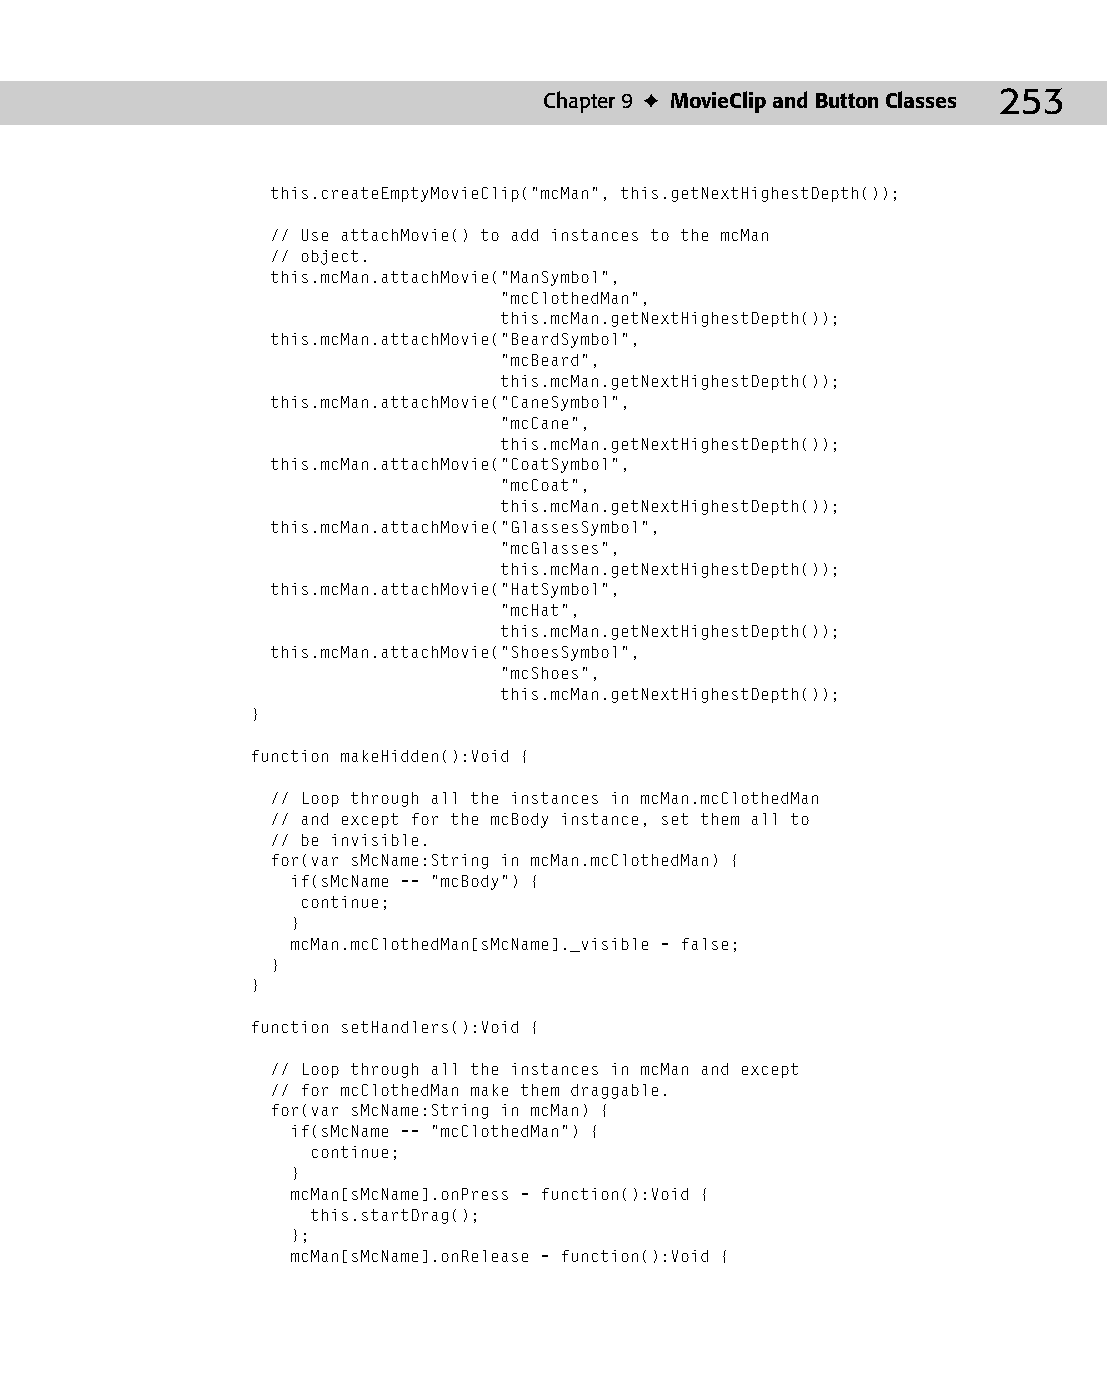
13 543547 ch09.qxd 3/24/04 3:49 PM Page 253
 Chapter 9 ✦ MovieClip and Button Classes 253
 this.createEmptyMovieClip(“mcMan”, this.getNextHighestDepth());
 // Use attachMovie() to add instances to the mcMan
 // object.
 this.mcMan.attachMovie(“ManSymbol”,
 “mcClothedMan”,
 this.mcMan.getNextHighestDepth());
 this.mcMan.attachMovie(“BeardSymbol”,
 “mcBeard”,
 this.mcMan.getNextHighestDepth());
 this.mcMan.attachMovie(“CaneSymbol”,
 “mcCane”,
 this.mcMan.getNextHighestDepth());
 this.mcMan.attachMovie(“CoatSymbol”,
 “mcCoat”,
 this.mcMan.getNextHighestDepth());
 this.mcMan.attachMovie(“GlassesSymbol”,
 “mcGlasses”,
 this.mcMan.getNextHighestDepth());
 this.mcMan.attachMovie(“HatSymbol”,
 “mcHat”,
 this.mcMan.getNextHighestDepth());
 this.mcMan.attachMovie(“ShoesSymbol”,
 “mcShoes”,
 this.mcMan.getNextHighestDepth());
 }
 function makeHidden():Void {
 // Loop through all the instances in mcMan.mcClothedMan
 // and except for the mcBody instance, set them all to
 // be invisible.
 for(var sMcName:String in mcMan.mcClothedMan) {
 if(sMcName == “mcBody”) {
 continue;
 }
 mcMan.mcClothedMan[sMcName]._visible = false;
 }
 }
 function setHandlers():Void {
 // Loop through all the instances in mcMan and except
 // for mcClothedMan make them draggable.
 for(var sMcName:String in mcMan) {
 if(sMcName == “mcClothedMan”) {
 continue;
 }
 mcMan[sMcName].onPress = function():Void {
 this.startDrag();
 };
 mcMan[sMcName].onRelease = function():Void {